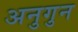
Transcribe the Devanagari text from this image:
अनुगुन